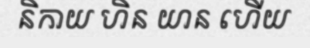
និកាយ ហិន យាន ហើយ